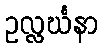
ဥလ္လင်္ဃနာ